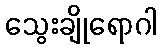
သွေးချိုရောဂါ